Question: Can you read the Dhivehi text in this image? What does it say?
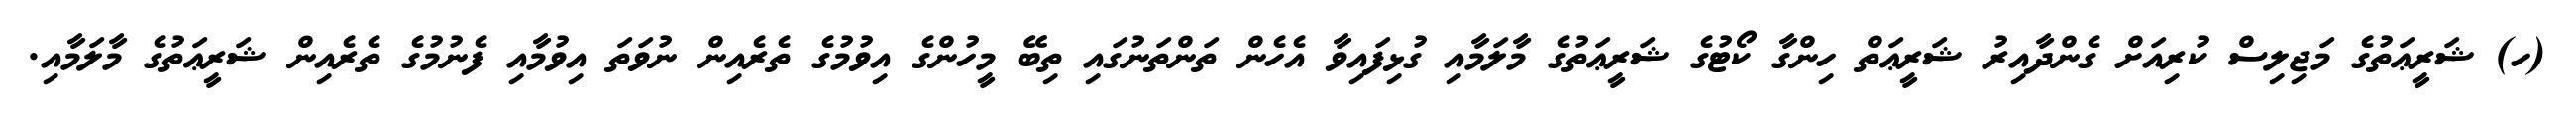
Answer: (ހ) ޝަރީޢަތުގެ މަޖިލިސް ކުރިއަށް ގެންދާއިރު ޝަރީޢަތް ހިންގާ ކޯޓުގެ ޝަރީޢަތުގެ މާލަމާއި ގުޅިފައިވާ އެހެން ތަންތަނުގައި ތިބޭ މީހުންގެ އިވުމުގެ ތެރެއިން ނުވަތަ އިވުމާއި ފެނުމުގެ ތެރެއިން ޝަރީޢަތުގެ މާލަމާއި.